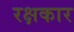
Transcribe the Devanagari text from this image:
रक्षकार